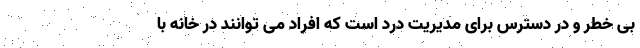
بی خطر و در دسترس برای مدیریت درد است که افراد می توانند در خانه با